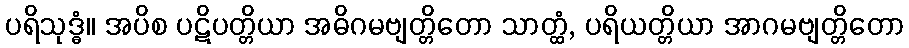
ပရိသုဒ္ဓံ။ အပိစ ပဋိပတ္တိယာ အဓိဂမဗျတ္တိတော သာတ္ထံ, ပရိယတ္တိယာ အာဂမဗျတ္တိတော